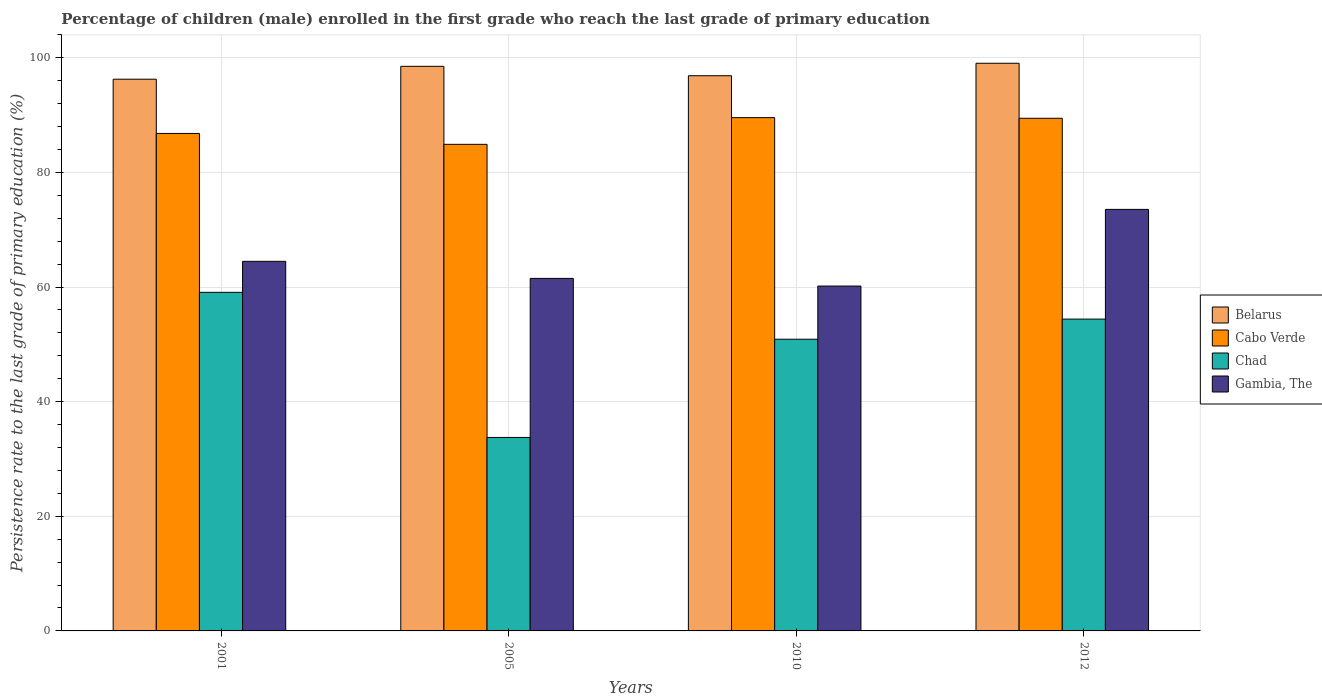
| Years | Belarus | Cabo Verde | Chad | Gambia, The |
 | --- | --- | --- | --- | --- |
 | 2001 | 96.3 | 86.8 | 59.1 | 64.5 |
 | 2005 | 98.5 | 84.9 | 33.8 | 61.5 |
 | 2010 | 96.9 | 89.6 | 50.9 | 60.2 |
 | 2012 | 99.1 | 89.5 | 54.4 | 73.6 |